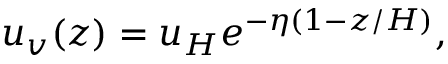
u _ { v } ( z ) = u _ { H } e ^ { - \eta ( 1 - z / H ) } ,